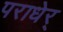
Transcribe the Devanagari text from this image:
पराधेर्